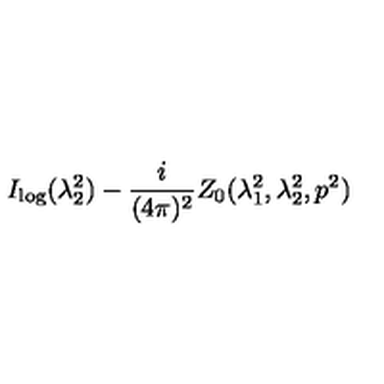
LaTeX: I _ { \log } ( \lambda _ { 2 } ^ { 2 } ) - \frac { i } { ( 4 \pi ) ^ { 2 } } Z _ { 0 } ( \lambda _ { 1 } ^ { 2 } , \lambda _ { 2 } ^ { 2 } , p ^ { 2 } )